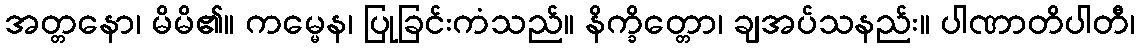
အတ္တနော၊ မိမိ၏။ ကမ္မေန၊ ပြုခြင်းကံသည်။ နိက္ခိတ္တော၊ ချအပ်သနည်း။ ပါဏာတိပါတီ၊